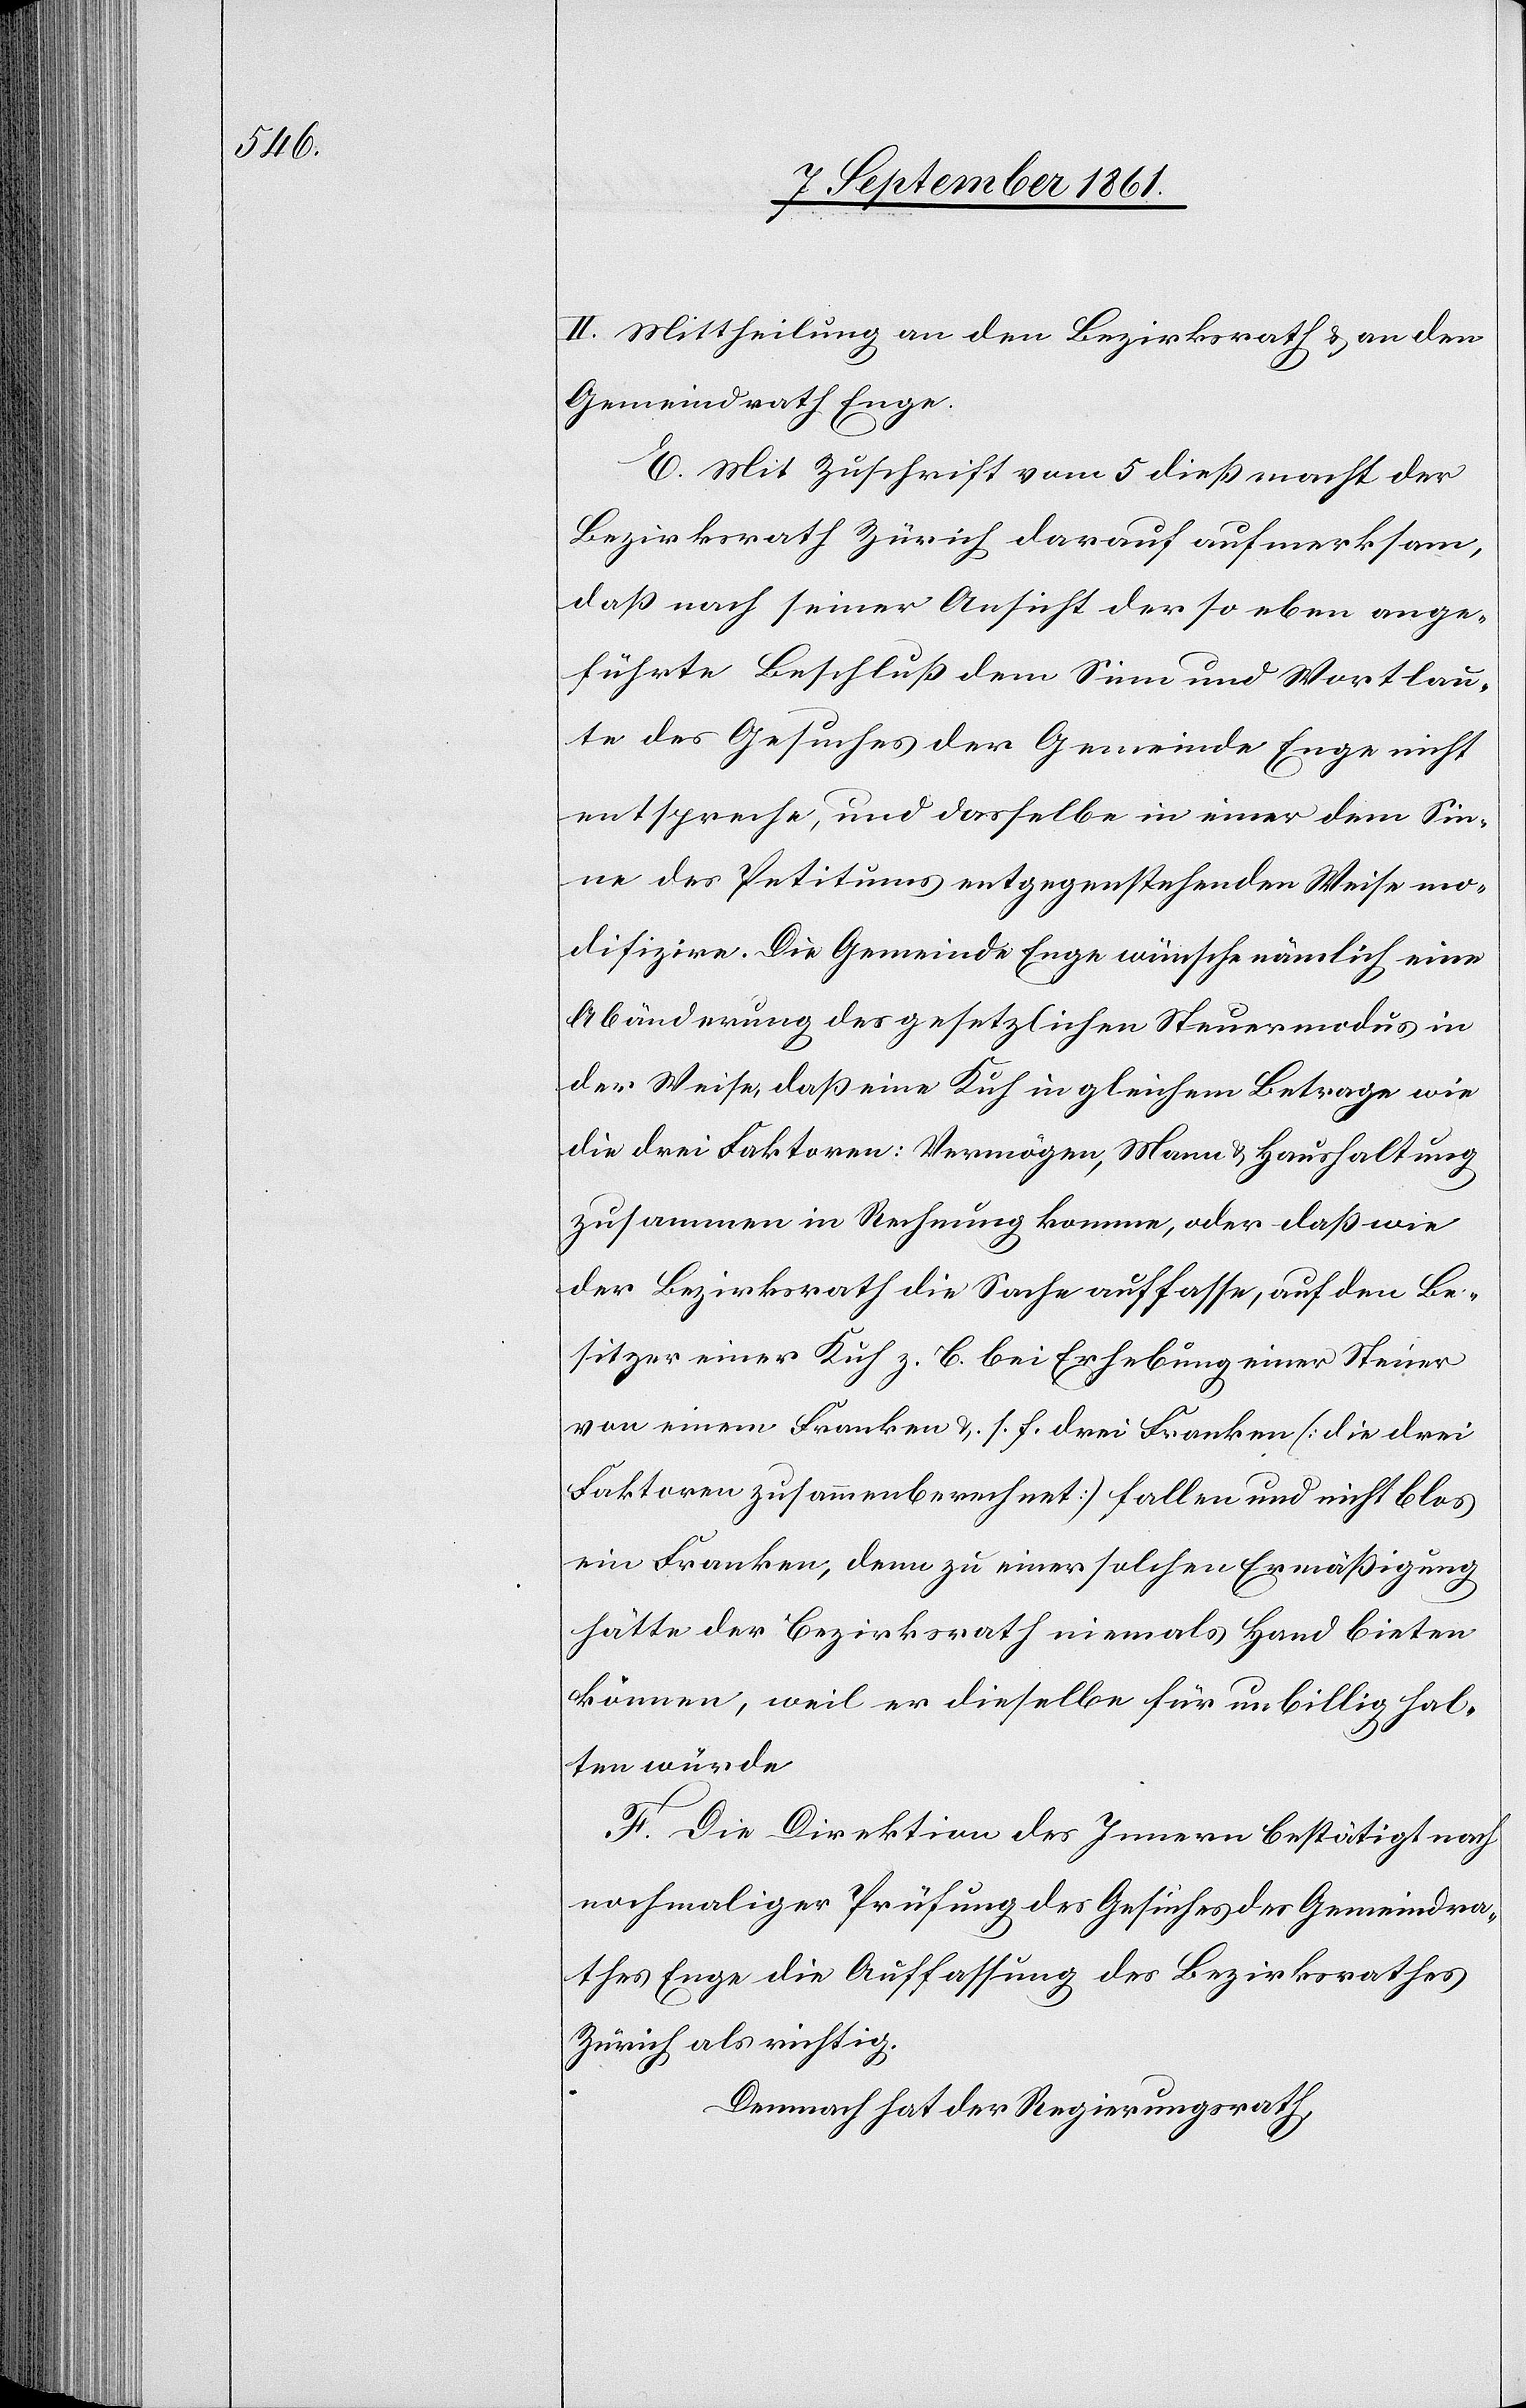
II. Mittheilung an den Bezirksrath u. an den
Gemeindrath Enge.
E. Mit Zuschrift vom 5 dieß macht der
Bezirksrath Zürich darauf aufmerksam,
daß nach seiner Ansicht der so eben ange¬
führte Beschluß dem Sinn und Wortlau¬
te des Gesuches der Gemeinde Enge nicht
entspreche, und derselbe in einer dem Sin¬
ne des Petitums entgegenstehenden Weise mo¬
difizire. Die Gemeinde Enge wünsche nämlich eine
Abänderung des gesetzlichen Steuermodus in
der Weise, daß eine Kuh in gleichem Betrage wie
die drei Faktoren: Vermögen, Mann u. Haushaltung
zusammen in Rechnung komme, oder daß wie
der Bezirksrath die Sache auffasse, auf den Be¬
sitzer einer Kuh z. B. bei Erhebung einer Steuer
von einem Franken u. s. f. drei Franken [die drei
Faktoren zusammengerechnet] fallen und nicht blos
ein Franken, denn zu einer solchen Ermäßigung
hätte der Bezirksrath niemals Hand bieten
können, weil er dieselbe für unbillig hal¬
ten würde.
F. Die Direktion des Innern bestätigt nach
nochmahliger Prüfung des Gesuches des Gemeindra¬
thes Enge die Auffassung des Bezirksrathes
Zürich als richtig.
Demnach hat der Regierungsrath,